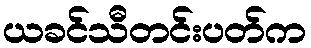
ယခင်သီတင်းပတ်က